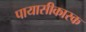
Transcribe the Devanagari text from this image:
पायासीकारक